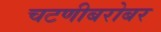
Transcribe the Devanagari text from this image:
चटणीबरोबर